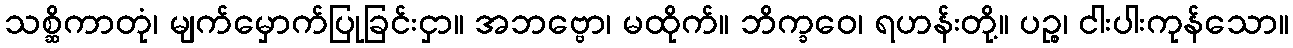
သစ္ဆိကာတုံ၊ မျက်မှောက်ပြုခြင်းငှာ။ အဘဗ္ဗော၊ မထိုက်။ ဘိက္ခဝေ၊ ရဟန်းတို့။ ပဉ္စ၊ ငါးပါးကုန်သော။